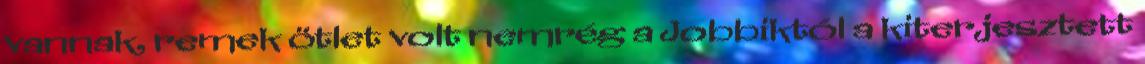
vannak, remek ötlet volt nemrég a Jobbiktól a kiterjesztett